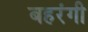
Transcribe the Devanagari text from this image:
बहरंगी